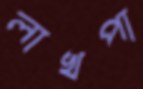
লাখপা